Kloostri_vallavalitsus, lk 21
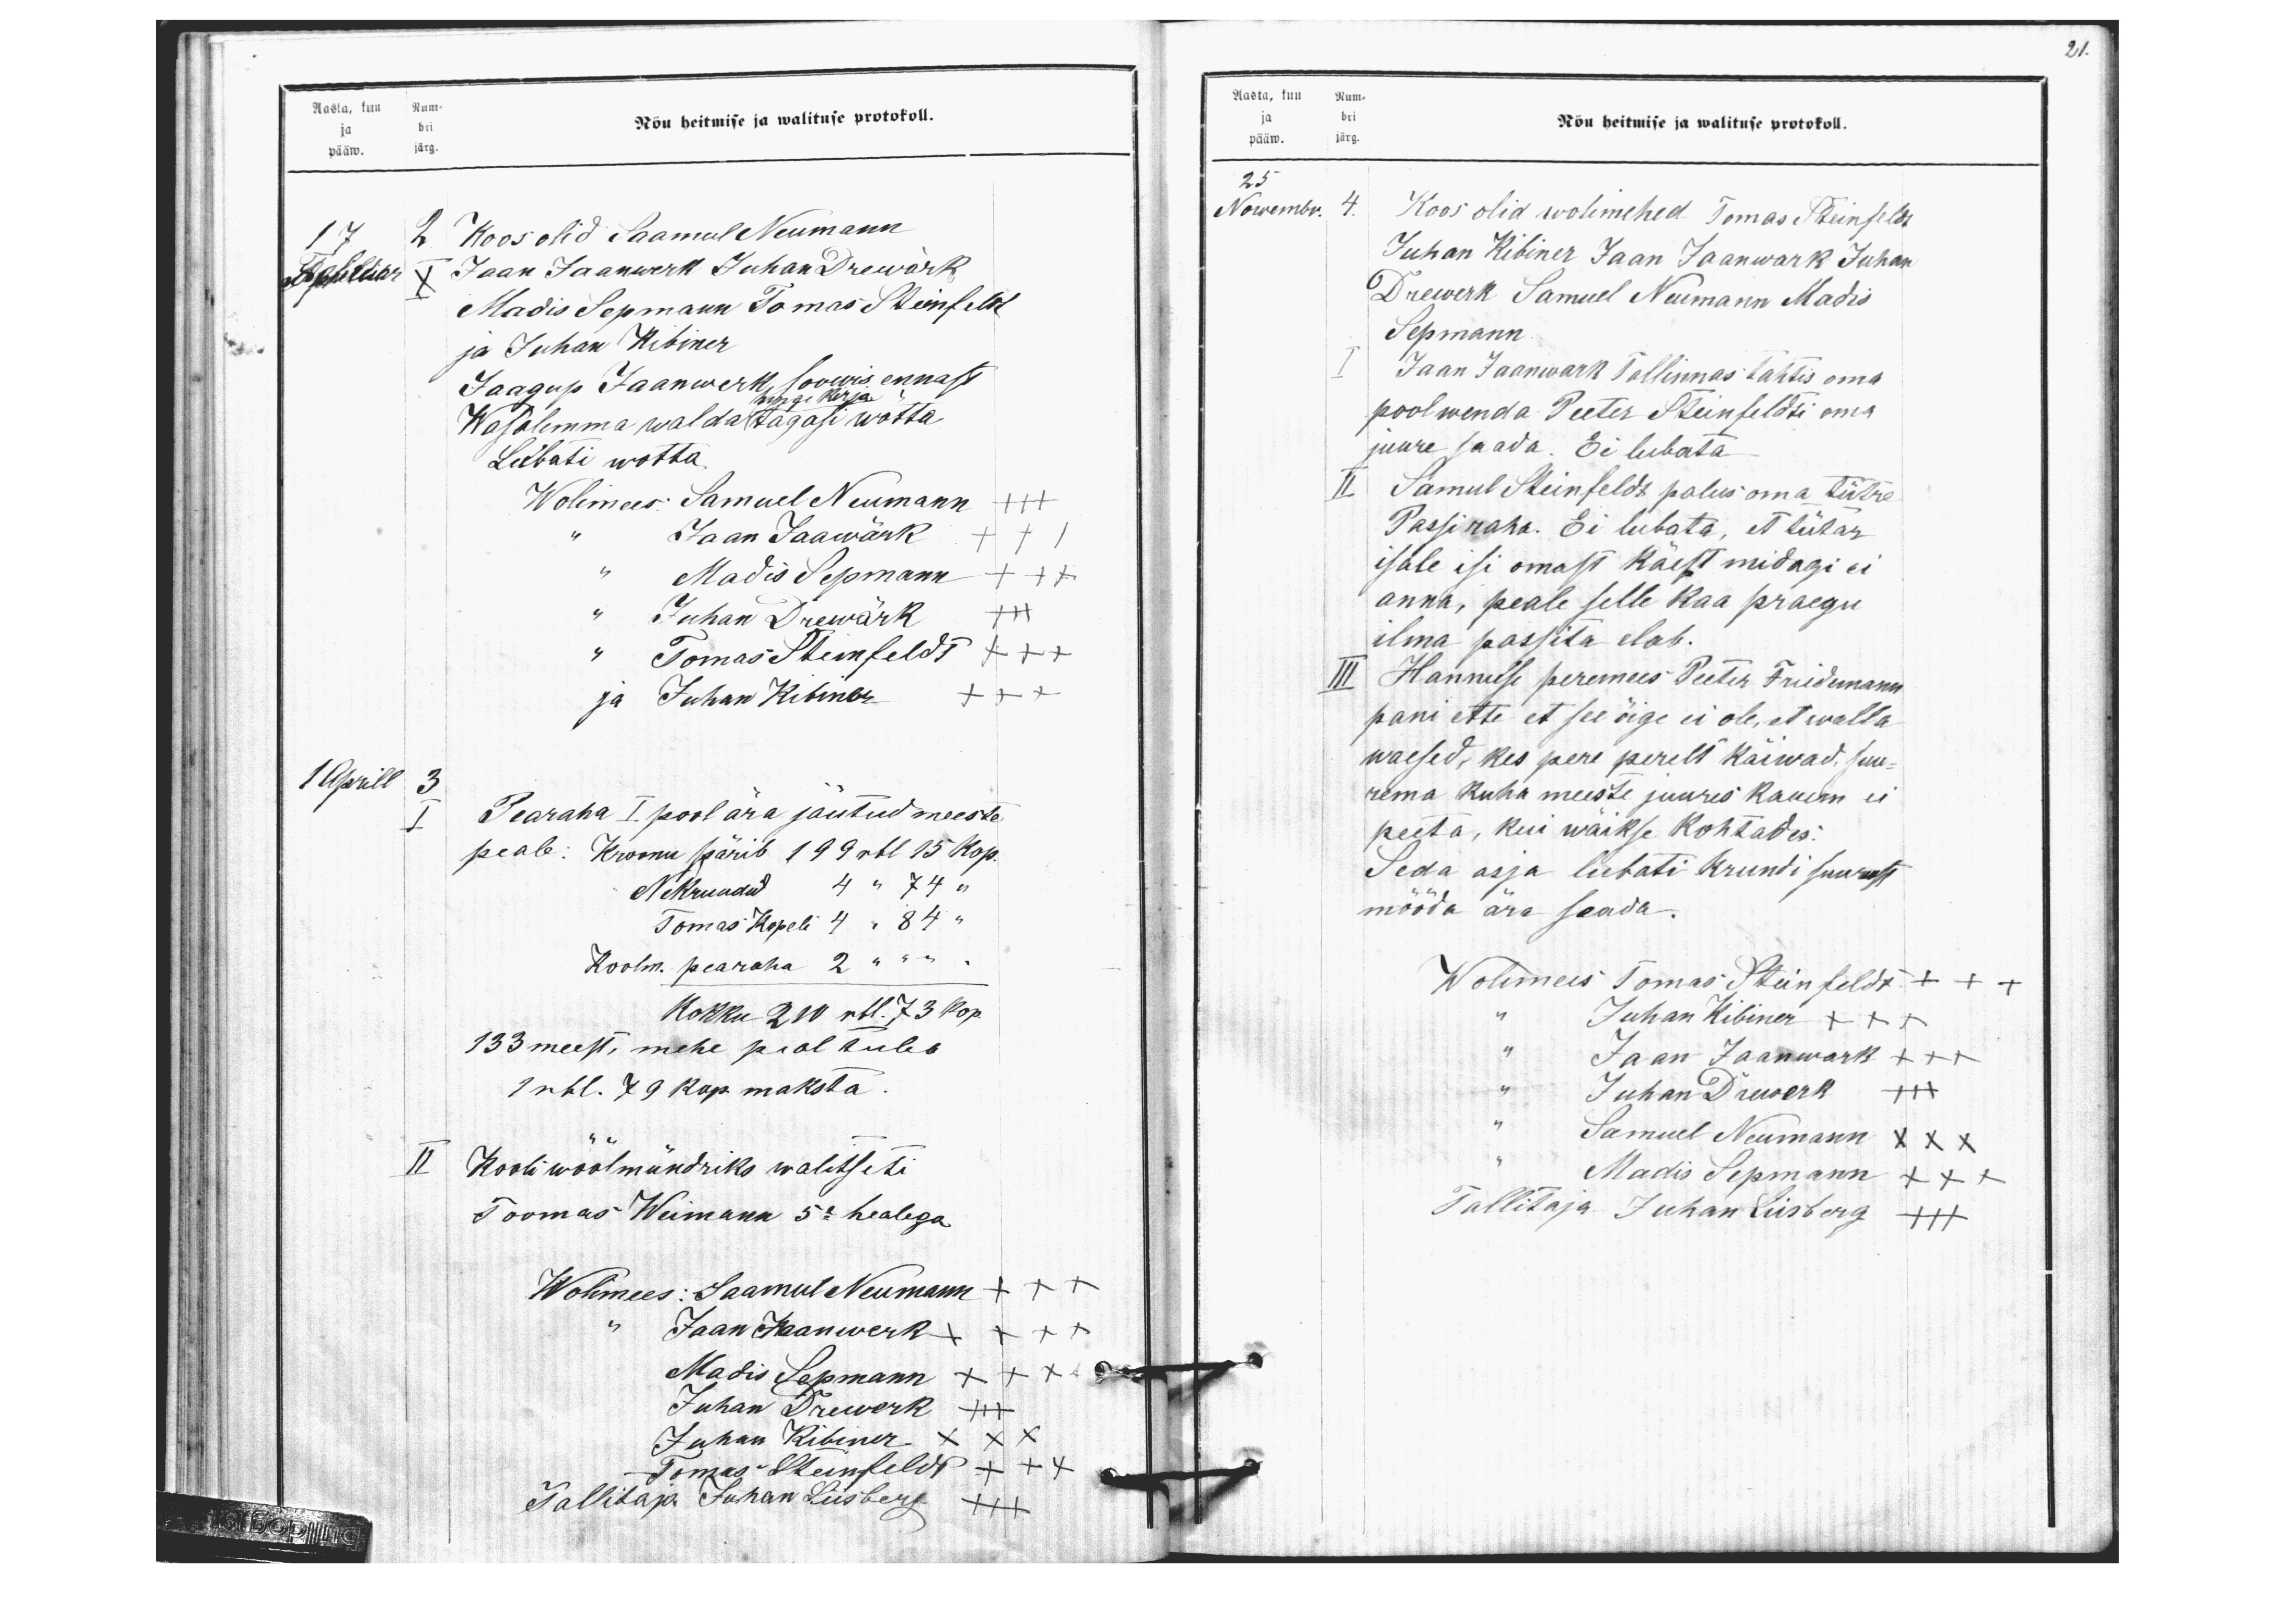
Aasta, kuu Num-
ja bri
pääw. järg
Nõu heitmise ja walituse protokoll.
17
2 Koos olid Saamul Neumann
Speldis
X Jaan Jaanwerk Juhan Drewärk
Madis Sepmann Tomas Steinfeldt
ja Juhan Kibiner
Jaagup Jaanwerk soowis ennast
hinge kirja.
Wasalemma walda tagasi wõtta
Lubati wõtta
Wolimees: Samuel Neumann +++
" Jaan Jaawärk ++I
" Madis Sepmann +++
" Juhan Drewärk +++
" Tomas Stormfeldt +++
ja Juhan Kibiner +++
1 Aprill 3
Pearaha I pool ära jäutud meeste
I
peale: Kroonu pärib 199 rbl 15 kop.
Nekrundid 4 " 74 "
Tomas Kopeli 4 " 84 "
Koolm. pearaha 2 " " "
Kokku 210 rbl. 73 kop.
133 meest, mehe peal tuleb
1 rbl. 79 kop. maksta.
II Kooli wöölmündriks walitseti
Toomas Weimann 5e healega
Wolimees: Saamul Neumann +++
Jaan Jaanwerk ++++
Madis Sepmann x+x
Juhan Drewerk +++
Juhan Kibiner xxx
Tomas Steinfeldt ++x
Tallitaja Juhan Liisberg +++

21.
Aasta, kuu Num-
ja bri
pääw. järg.
Nõu heitmise ja walituse protokoll.
25
Nowembr. 4.
Koos olid wolimehed Tomas Steinfeldt
Juhan Kibiner Jaan Jaanwark Juhan
Drewerk Samuel Neumann Madis
Sepmann.
I Jaan Jaanwark Tallinnas tahtis oma
poolwenda Peeter Steinfeldti oma
juure saada. Ei lubata
II. Samul Steinfeldt palus oma tütre
Passi raha. Ei lubata, et tütar
isale isi omast käest midagi ei
anna, peale selle kaa praegu
ilma passita elab.
III Hannuse peremees Peeter Fridemann
pani ette et see õige ei ole, et walla
waesed, kes pere perelt käiwad, suu-
rema kuha meeste juures kauem ei
peeta, kui wäikse kohtades
Seda asja lubati krunti suurust
mööda ära seada.
Wolimees Tomas Steinfeldt +++
" Juhan Kibiner xxx
" Jaan Jaanwark xxx
" Juhan Dreverk +++
" Samuel Neumann xxx
" Madis Sepmann xxx
Tallitaja Juhan Liisberg +++